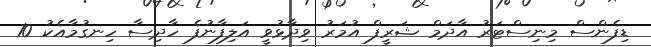
ޑިފެންސް މިނިސްޓަރު އާދަމް ޝަރީފް އުމަރު ވިދާޅުވީ އަލިފާނުފެ ހާދިސާ ހިނގުމާއެކު 10